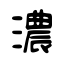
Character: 濃